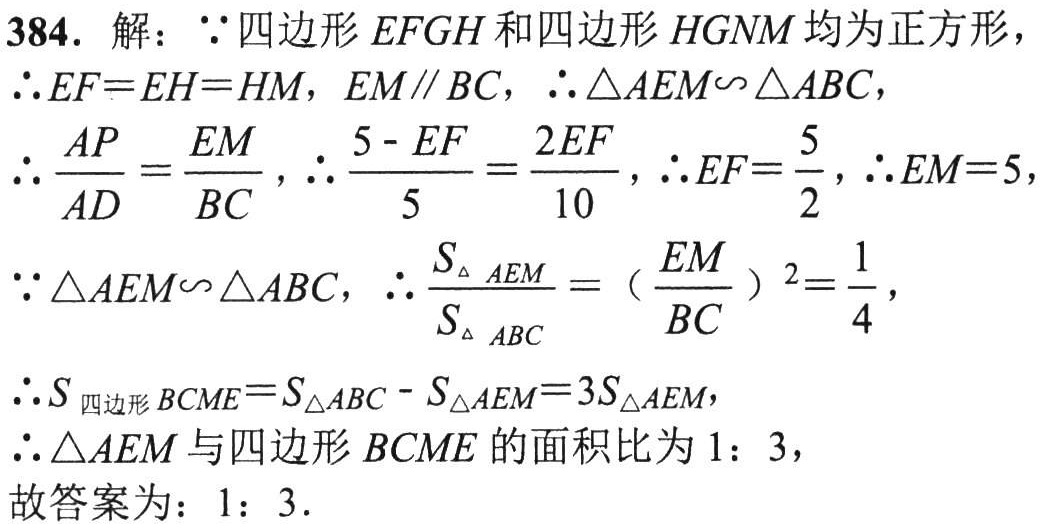
384. 解：\(\because\) 四边形 \(EFGH\) 和四边形 \(HGNM\) 均为正方形，

\(\therefore EF = EH = HM\)，\(EM\parallel BC\)，\(\therefore \triangle AEM\sim\triangle ABC\)，

\(\therefore \frac{AP}{AD}=\frac{EM}{BC}\)，\(\therefore \frac{5 - EF}{5}=\frac{2EF}{10}\)，\(\therefore EF=\frac{5}{2}\)，\(\therefore EM = 5\)，

\(\because \triangle AEM\sim\triangle ABC\)，\(\therefore \frac{S_{\triangle AEM}}{S_{\triangle ABC}} = (\frac{EM}{BC})^2=\frac{1}{4}\)

\(\therefore S_{四边形BCME}=S_{\triangle ABC}-S_{\triangle AEM}=3S_{\triangle AEM}\)，

\(\therefore \triangle AEM\) 与四边形 \(BCME\) 的面积比为 \(1:3\)，

故答案为：\(1:3\).